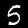
Label: 5